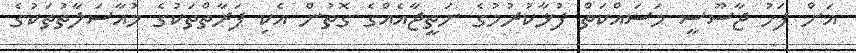
އަށް ފަހު ޖާސޫސީ މަސައްކަތް ފުޅާކުރުމުގެ ނަތީޖާއެއްގެ ގޮތުން އެކި ފަރާތްތަކުގެ މުއާސަލާތުތަކުގެ